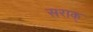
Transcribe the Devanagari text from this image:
सराक्